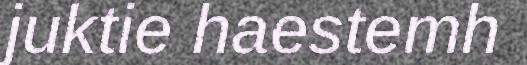
juktie haestemh